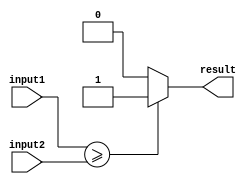
module greater_than_or_equal_to_comparator (
    input [31:0] input1,
    input [31:0] input2,
    output reg result
);

always @(*) begin
    if (input1 >= input2) begin
        result = 1;
    end else begin
        result = 0;
    end
end

endmodule